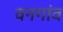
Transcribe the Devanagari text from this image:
वनगांव